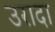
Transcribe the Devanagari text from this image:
उरादा